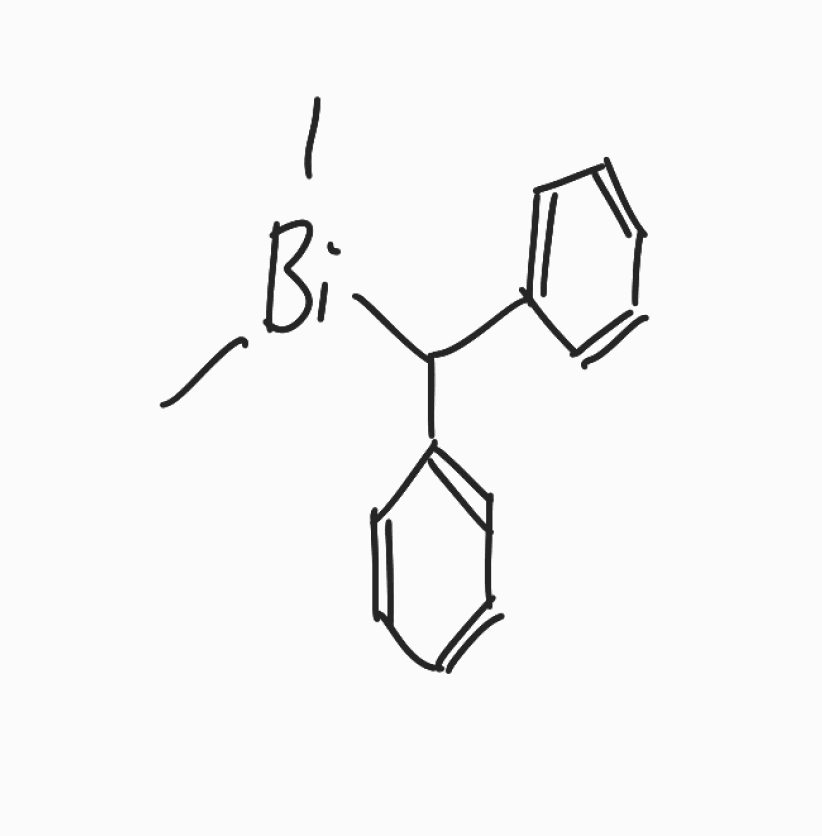
Simplified molecular-input line-entry system (SMILES) notation of the given molecule:
C[Bi](C)C(C1=CC=CC=C1)C2=CC=CC=C2